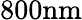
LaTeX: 800\mathrm{nm}